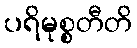
ပရိမုစ္စတီတိ